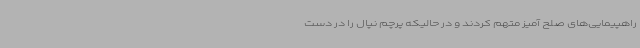
راهپیمایی‌های صلح آمیز متهم کردند و در حالیکه پرچم نپال را در دست